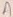
Text: A